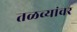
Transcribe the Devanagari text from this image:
तळव्यांवर